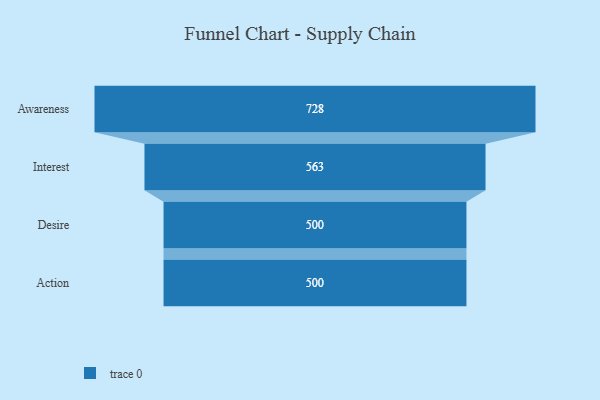
{"axis": {"x": "Stage", "y": "Value"}, "legend": [""], "data": [{"x": "Awareness", "y": 728.0, "type": ""}, {"x": "Interest", "y": 563.0, "type": ""}, {"x": "Desire", "y": 500, "type": ""}, {"x": "Action", "y": 500, "type": ""}]}